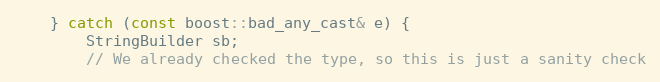
Language: C++
    } catch (const boost::bad_any_cast& e) {
        StringBuilder sb;
        // We already checked the type, so this is just a sanity check